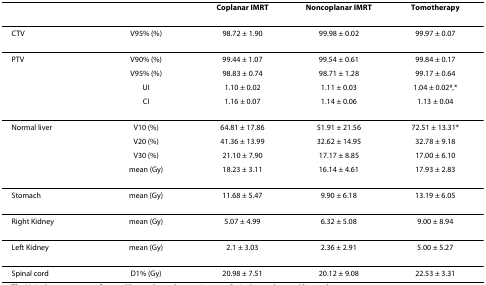
|  |  | Coplanar IMRT | Noncoplanar IMRT | Tomotherapy |
 | --- | --- | --- | --- | --- |
 | CTV | V95% (%) | 98.72 ± 1.90 | 99.98 ± 0.02 | 99.97 ± 0.07 |
 | PTV | V90% (%) | 99.44 ± 1.07 | 99.54 ± 0.61 | 99.84 ± 0.17 |
 |  | V95% (%) | 98.83 ± 0.74 | 98.71 ± 1.28 | 99.17 ± 0.64 |
 |  | UI | 1.10 ± 0.02 | 1.11 ± 0.03 | 1.04 ± 0.02#,* |
 |  | CI | 1.16 ± 0.07 | 1.14 ± 0.06 | 1.13 ± 0.04 |
 | Normal liver | V10 (%) | 64.81 ± 17.86 | 51.91 ± 21.56 | 72.51 ± 13.31* |
 |  | V20 (%) | 41.36 ± 13.99 | 32.62 ± 14.95 | 32.78 ± 9.18 |
 |  | V30 (%) | 21.10 ± 7.90 | 17.17 ± 8.85 | 17.00 ± 6.10 |
 |  | mean (Gy) | 18.23 ± 3.11 | 16.14 ± 4.61 | 17.93 ± 2.83 |
 | Stomach | mean (Gy) | 11.68 ± 5.47 | 9.90 ± 6.18 | 13.19 ± 6.05 |
 | Right Kidney | mean (Gy) | 5.07 ± 4.99 | 6.32 ± 5.08 | 9.00 ± 8.94 |
 | Left Kidney | mean (Gy) | 2.1 ± 3.03 | 2.36 ± 2.91 | 5.00 ± 5.27 |
 | Spinal cord | D1% (Gy) | 20.98 ± 7.51 | 20.12 ± 9.08 | 22.53 ± 3.31 |